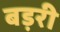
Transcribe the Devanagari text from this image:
बड़री